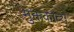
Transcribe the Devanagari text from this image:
मुक्तकाव्य